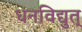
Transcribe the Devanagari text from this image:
धनविद्युत्